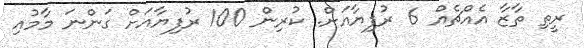
ރީތި ތާޒާ އެއްޗެއް 6 ރުފިޔާއަށް. ކުރިން 100 ރުފިޔާއަށް ގަންނަ މާމުއި